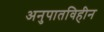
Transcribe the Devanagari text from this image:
अनुपातविहीन